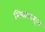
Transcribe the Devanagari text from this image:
शिवापासुन